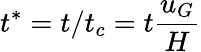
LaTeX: t^{*}=t/t_{c}=t\frac{u_{G}}{H}